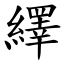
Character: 繹